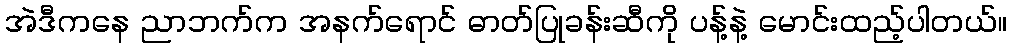
အဲဒီကနေ ညာဘက်က အနက်ရောင် ဓာတ်ပြုခန်းဆီကို ပန့်နဲ့ မောင်းထည့်ပါတယ်။